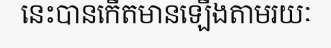
នេះបានកើតមានឡើងតាមរយៈ